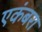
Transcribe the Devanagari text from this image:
एकंबरा